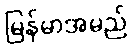
မြန်မာအမည်